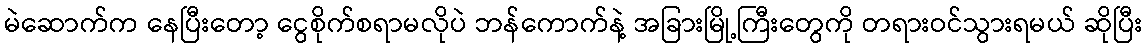
မဲဆောက်က နေပြီးတော့ ငွေစိုက်စရာမလိုပဲ ဘန်ကောက်နဲ့ အခြားမြို့ကြီးတွေကို တရားဝင်သွားရမယ် ဆိုပြီး